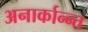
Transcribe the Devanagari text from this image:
अनार्कान्न्त